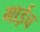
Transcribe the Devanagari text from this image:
गाईच